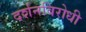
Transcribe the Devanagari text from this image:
दर्शनविरोधी